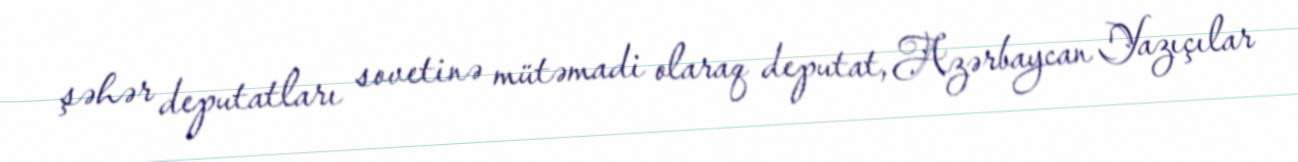
şəhər deputatları sovetinə mütəmadi olaraq deputat, Azərbaycan Yazıçılar